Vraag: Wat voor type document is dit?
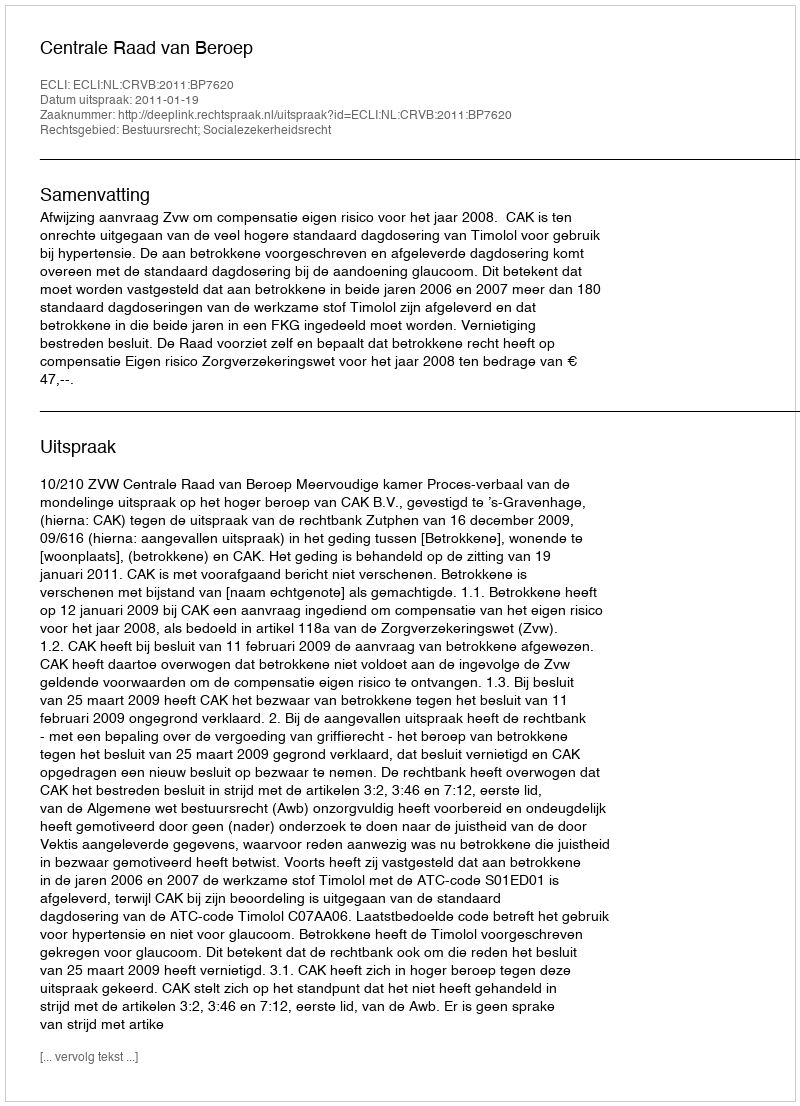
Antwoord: Uitspraak